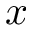
x